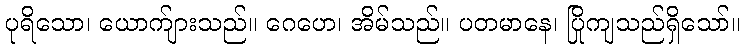
ပုရိသော၊ ယောက်ျားသည်။ ဂေဟေ၊ အိမ်သည်။ ပတမာနေ၊ ပြိုကျသည်ရှိသော်။